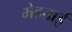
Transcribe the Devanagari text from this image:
मेहताई